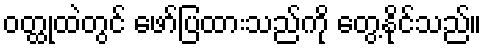
ဝတ္ထုထဲတွင် ဖော်ပြထားသည်ကို တွေ့နိုင်သည်။